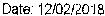
DATE: 12/02/2018